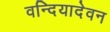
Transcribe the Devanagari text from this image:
वन्दियादेवन